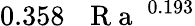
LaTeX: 0.358\, \mathrm{~\textit~{~R~a~}~}^{0.193}